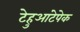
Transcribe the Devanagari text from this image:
टेहुआंटेपेक